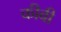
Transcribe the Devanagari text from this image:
कीबी